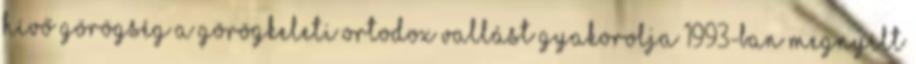
hívő görögség a görögkeleti ortodox vallást gyakorolja 1993-ban megnyílt